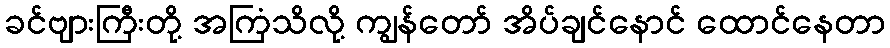
ခင်ဗျားကြီးတို့ အကြံသိလို့ ကျွန်တော် အိပ်ချင်နောင် ထောင်နေတာ